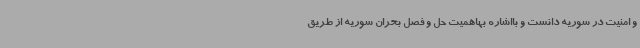
و امنیت در سوریه دانست و بااشاره بهاهمیت حل و فصل بحران سوریه از طریق